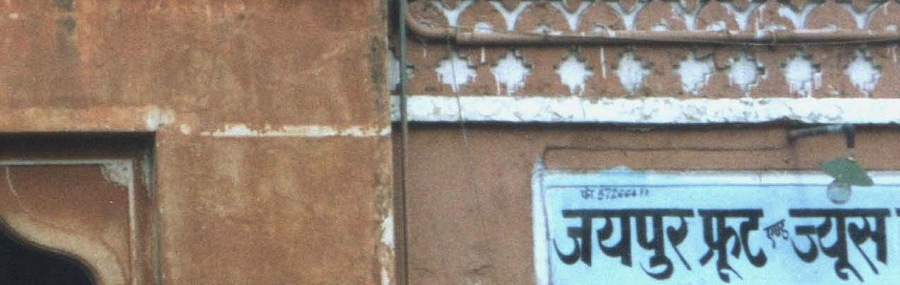
Language: hindi
Transcription: ज्यूस जयपुर फ्रूट